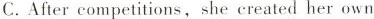
C. After competitions, she created her own